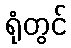
ရုံတွင်